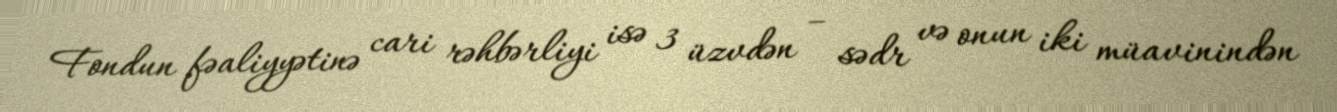
Fondun fəaliyyətinə cari rəhbərliyi isə 3 üzvdən – sədr və onun iki müavinindən